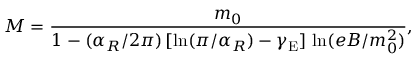
M = \frac { m _ { 0 } } { 1 - ( \alpha _ { R } / 2 \pi ) \, [ \ln ( \pi / \alpha _ { R } ) - \gamma _ { \mathrm { E } } ] \, \ln ( e B / m _ { 0 } ^ { 2 } ) } ,